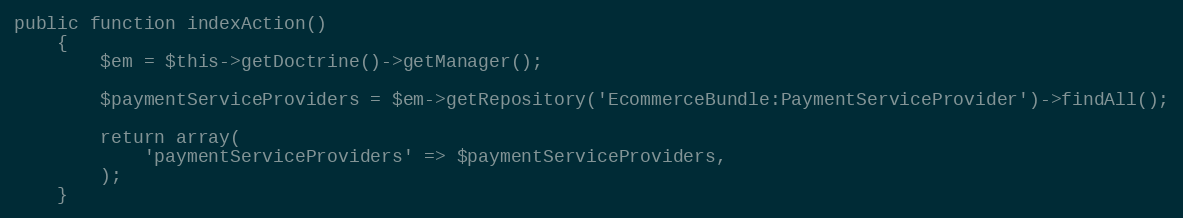
Language: PHP
public function indexAction()
    {
        $em = $this->getDoctrine()->getManager();

        $paymentServiceProviders = $em->getRepository('EcommerceBundle:PaymentServiceProvider')->findAll();

        return array(
            'paymentServiceProviders' => $paymentServiceProviders,
        );
    }